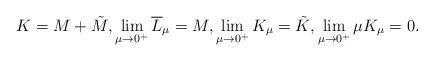
LaTeX: \begin{align*} K=M +\tilde M, \lim_{\mu\to 0^{+}}\overline{L}_{\mu}=M, \lim_{\mu\to 0^{+}}K_{\mu}=\tilde K, \lim_{\mu\to 0^+}\mu K_{\mu}=0. \end{align*}